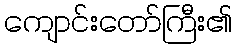
ကျောင်းတော်ကြီး၏